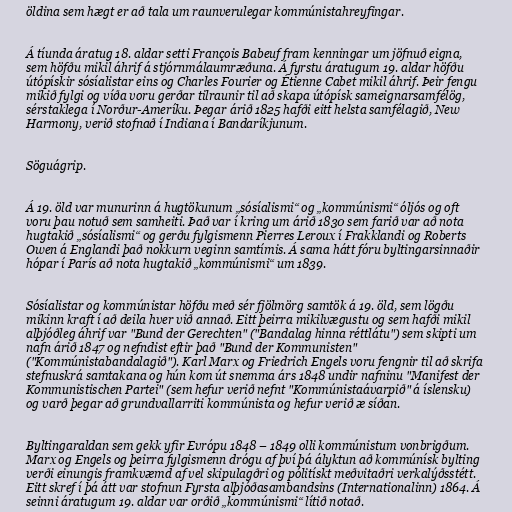
öldina sem hægt er að tala um raunverulegar kommúnistahreyfingar.

Á tíunda áratug 18. aldar setti François Babeuf fram kenningar um jöfnuð eigna,
sem höfðu mikil áhrif á stjórnmálaumræðuna. Á fyrstu áratugum 19. aldar höfðu
útópískir sósíalistar eins og Charles Fourier og Étienne Cabet mikil áhrif. Þeir fengu
mikið fylgi og víða voru gerðar tilraunir til að skapa útópísk sameignarsamfélög,
sérstaklega í Norður-Ameríku. Þegar árið 1825 hafði eitt helsta samfélagið, New
Harmony, verið stofnað í Indiana í Bandaríkjunum.

Söguágrip.

Á 19. öld var munurinn á hugtökunum „sósíalismi“ og „kommúnismi“ óljós og oft
voru þau notuð sem samheiti. Það var í kring um árið 1830 sem farið var að nota
hugtakið „sósíalismi“ og gerðu fylgismenn Pierres Leroux í Frakklandi og Roberts
Owen á Englandi það nokkurn veginn samtímis. Á sama hátt fóru byltingarsinnaðir
hópar í París að nota hugtakið „kommúnismi“ um 1839.

Sósíalistar og kommúnistar höfðu með sér fjölmörg samtök á 19. öld, sem lögðu
mikinn kraft í að deila hver við annað. Eitt þeirra mikilvægustu og sem hafði mikil
alþjóðleg áhrif var "Bund der Gerechten" ("Bandalag hinna réttlátu") sem skipti um
nafn árið 1847 og nefndist eftir það "Bund der Kommunisten"
("Kommúnistabandalagið"). Karl Marx og Friedrich Engels voru fengnir til að skrifa
stefnuskrá samtakana og hún kom út snemma árs 1848 undir nafninu "Manifest der
Kommunistischen Partei" (sem hefur verið nefnt "Kommúnistaávarpið" á íslensku)
og varð þegar að grundvallarriti kommúnista og hefur verið æ síðan.

Byltingaraldan sem gekk yfir Evrópu 1848 – 1849 olli kommúnistum vonbrigðum.
Marx og Engels og þeirra fylgismenn drógu af því þá ályktun að kommúnísk bylting
verði einungis framkvæmd af vel skipulagðri og pólitískt meðvitaðri verkalýðsstétt.
Eitt skref í þá átt var stofnun Fyrsta alþjóðasambandsins (Internationalinn) 1864. Á
seinni áratugum 19. aldar var orðið „kommúnismi“ lítið notað.